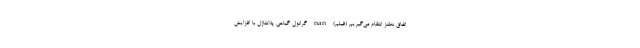
اتفاق نطنز انتقام می‌گیریم (فیلم) nan گرانول گیاهی پلانتاژل با افزایش